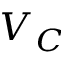
V _ { C }